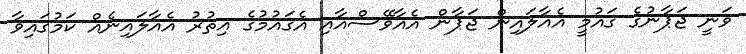
ވަނީ ޖަޕާނުގެ ގައުމީ އެއާލައިން ޖަޕާން އެއާވޭސްއާއި އެގައުމުގެ އިތުރު އެއާލައިނެއް ކަމުގައިވާ